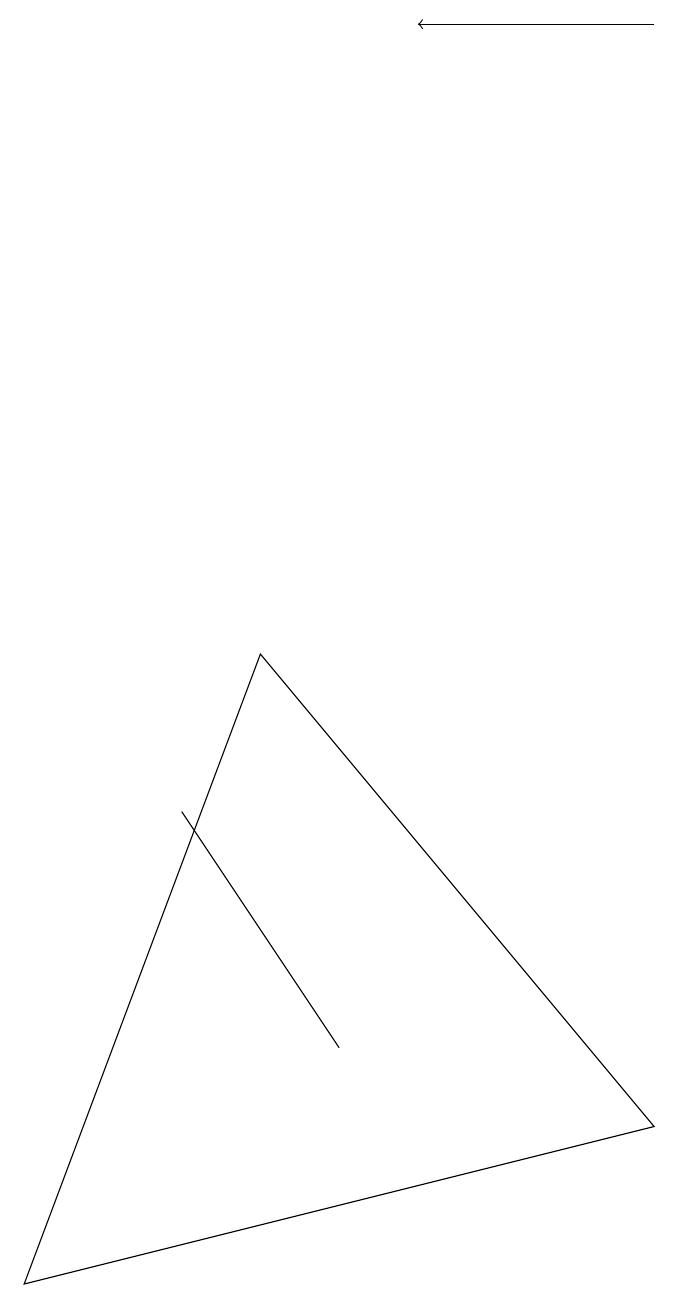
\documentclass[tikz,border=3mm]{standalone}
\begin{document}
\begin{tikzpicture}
\draw (8,3) -- (0,1) -- (3,9) -- cycle;
\draw[->] (8,17) -- (5,17);
\draw (2,7) -- (4,4) -- (4,4) -- cycle;
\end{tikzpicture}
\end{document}